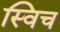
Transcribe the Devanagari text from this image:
स्‍विच